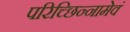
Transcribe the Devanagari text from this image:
परिच्छिन्नामेवं